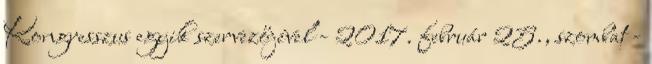
Kongresszus egyik szervezőjével - 2017. február 25., szombat -